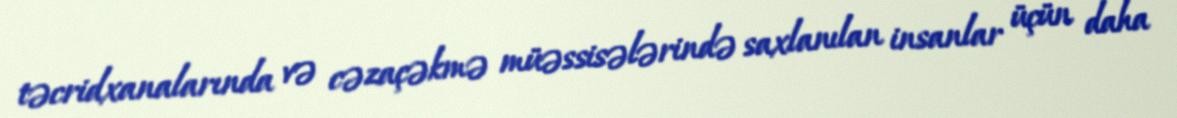
təcridxanalarında və cəzaçəkmə müəssisələrində saxlanılan insanlar üçün daha